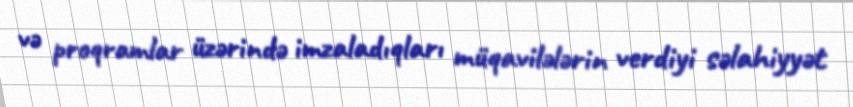
və proqramlar üzərində imzaladıqları müqavilələrin verdiyi səlahiyyət